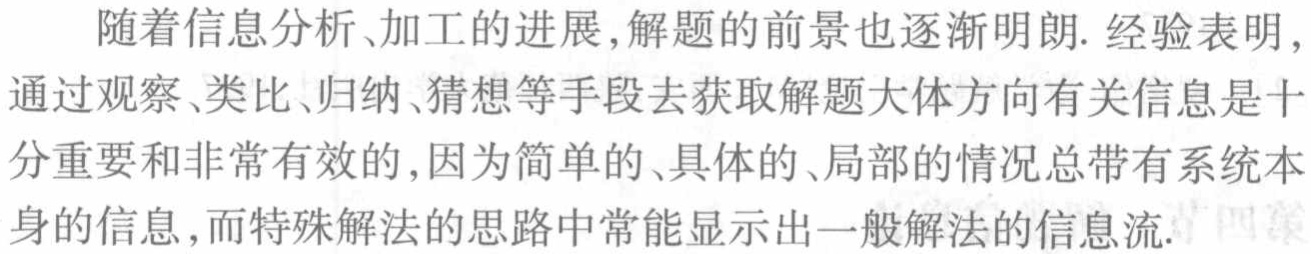
随着信息分析、加工的进展,解题的前景也逐渐明朗. 经验表明,通过观察、类比、归纳、猜想等手段去获取解题大体方向有关信息是十分重要和非常有效的,因为简单的、具体的、局部的情况总带有系统本身的信息,而特殊解法的思路中常能显示出一般解法的信息流.